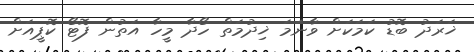
ޚަރަދު ބޮޑު ކަމަކަށް ވާނަމަ ޚިދުމަތް ހޯދާ މީހާ އަތުން ފޮޓޯ ކޮޕީއަށް